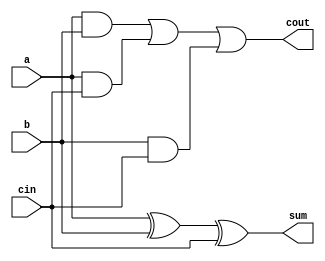
// FULL ADDER -> 1 BIT

module full_adder (
	input a, b, cin,
	output sum, cout
);
	
	assign sum = a ^ b ^ cin;
	assign cout = (a & b) | (a & cin) | (b & cin);

endmodule